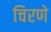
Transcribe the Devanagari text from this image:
चिरणे